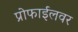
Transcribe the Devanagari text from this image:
प्रोफाईलवर